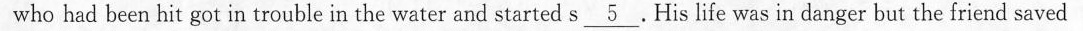
who had been hit got in trouble in the water and started s \underline{5} .His life was in danger but the friend saved